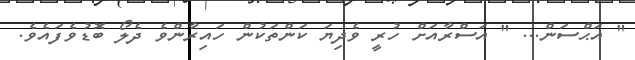
" އަޙްސަން... " އަސްރާއަށް ހުރީ ވެދިޔަ ކަންތަކުން ހައިރާންވެ ދެލޯ ބޮޑުވެފައެވެ.